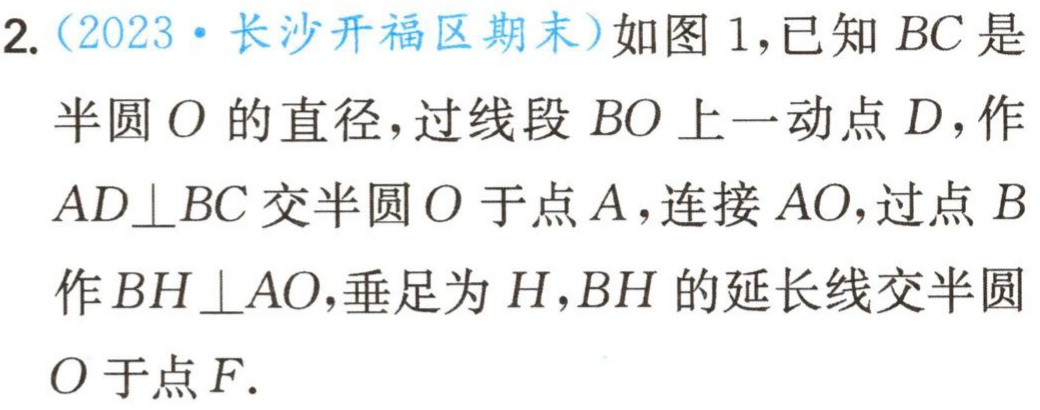
2.（2023·长沙开福区期末）如图1，已知 \(BC\) 是
半圆 \(O\) 的直径，过线段 \(BO\) 上一动点 \(D\)，作
\(AD\perp BC\) 交半圆 \(O\) 于点 \(A\)，连接 \(AO\)，过点 \(B\)
作 \(BH\perp AO\)，垂足为 \(H\)，\(BH\) 的延长线交半圆
\(O\) 于点 \(F\).